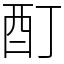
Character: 酊